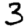
Digit: 3